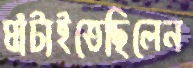
ঘাঁটাইতেছিলেন